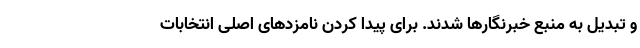
و تبدیل به منبع خبرنگارها شدند. برای پیدا کردن نامزدهای اصلی انتخابات